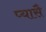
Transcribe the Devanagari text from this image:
प्यासै